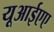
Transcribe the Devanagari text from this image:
यूआईएए